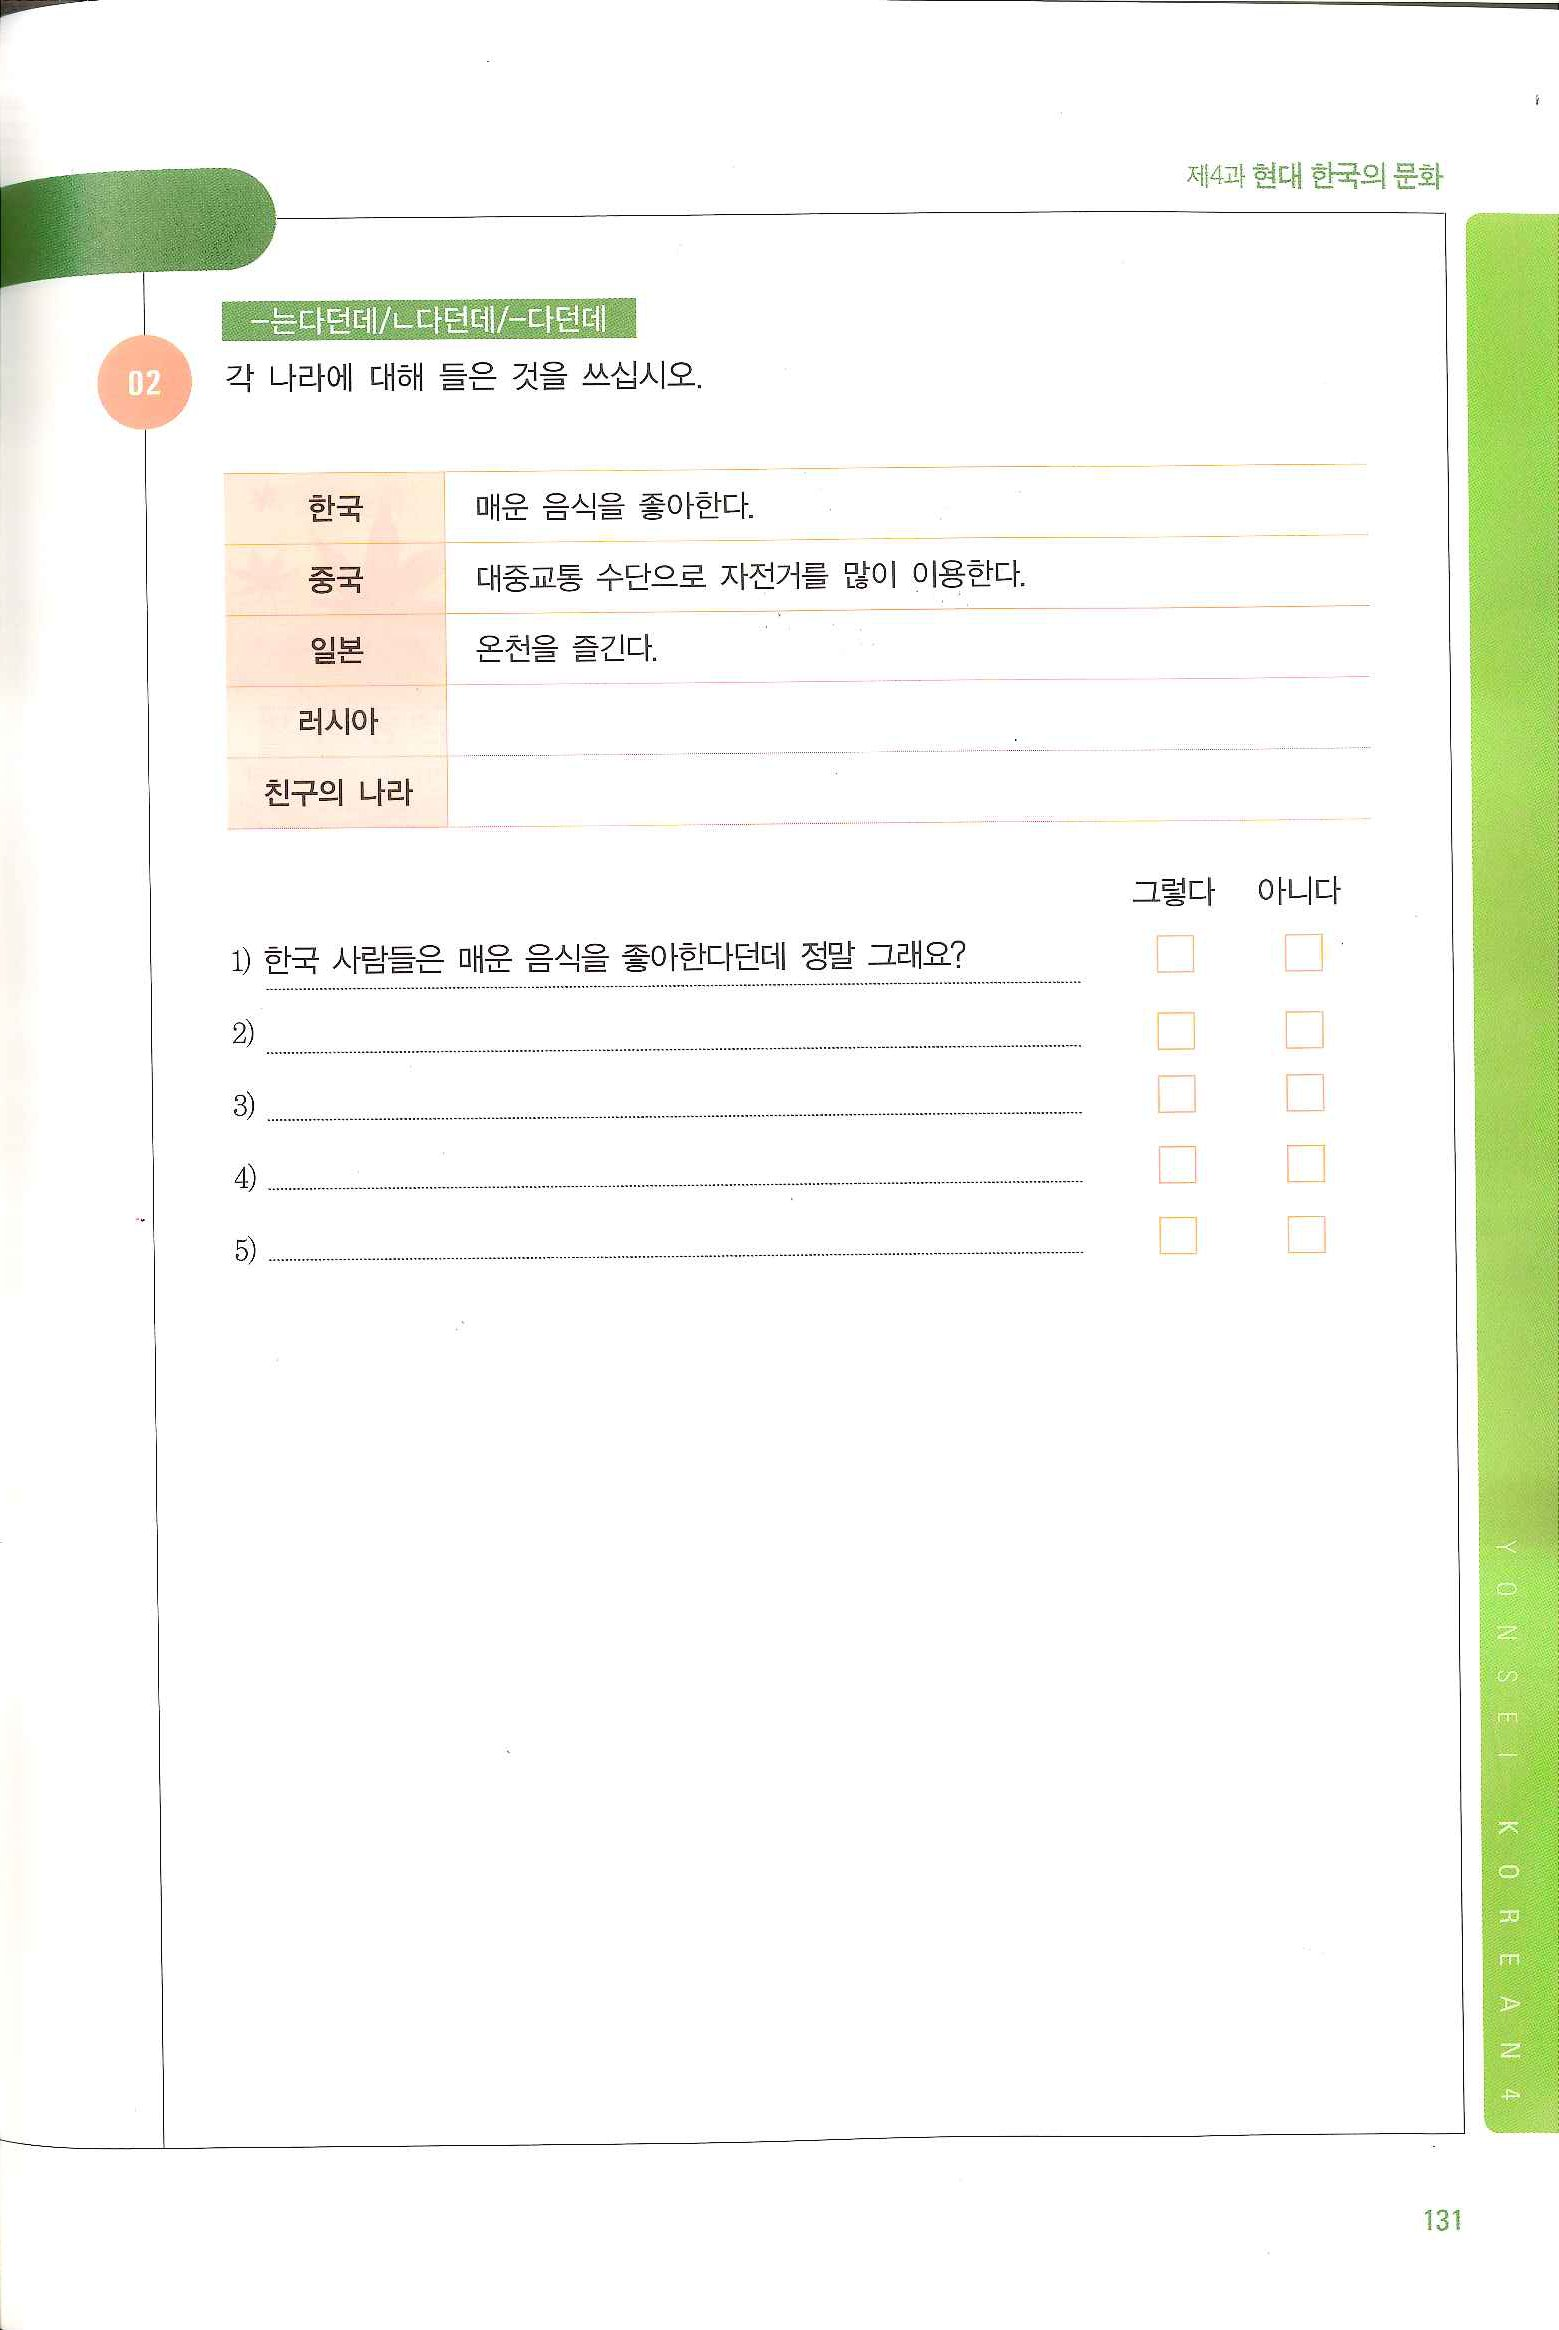
Language: ko